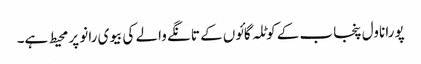
پورا ناول پنجاب کے کوٹلہ گائوں کے تانگے والے کی بیوی رانو پر محیط ہے۔